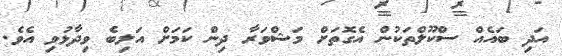
އަދި ބައެއް ސްކޫލްތަކުން އެގޮތަށް މަޝްވަރާ ދިން ކަމަށް އަލިބެ ވިދާޅުވި އެވެ.